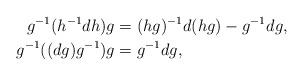
LaTeX: \begin{align*} g^{-1} (h^{-1} d h) g &= (hg)^{-1} d(hg) - g^{-1} d g, \\ g^{-1}((dg)g^{-1})g &= g^{-1} d g,\end{align*}